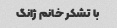
با تشکر خانم ژانگ